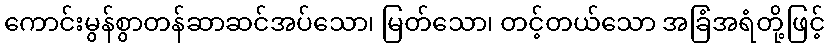
ကောင်းမွန်စွာတန်ဆာဆင်အပ်သော၊ မြတ်သော၊ တင့်တယ်သော အခြံအရံတို့ဖြင့်